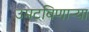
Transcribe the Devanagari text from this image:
उमटविणाऱ्या